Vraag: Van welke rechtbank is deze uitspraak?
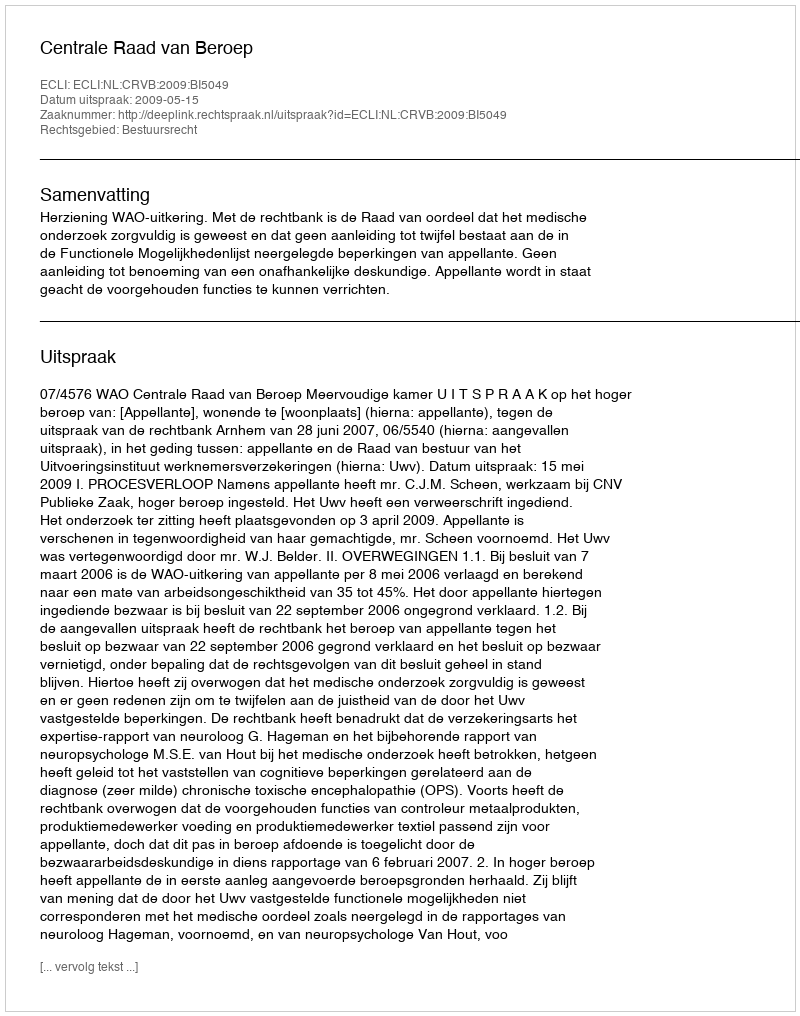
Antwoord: Centrale Raad van Beroep